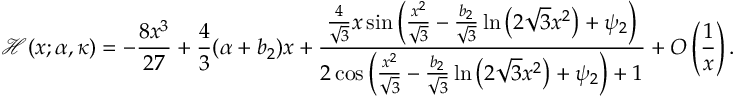
\mathcal { H } ( x ; \alpha , \kappa ) = - \frac { 8 x ^ { 3 } } { 2 7 } + \frac { 4 } { 3 } ( \alpha + b _ { 2 } ) x + \frac { \frac { 4 } { \sqrt { 3 } } x \sin \left( \frac { x ^ { 2 } } { \sqrt { 3 } } - \frac { b _ { 2 } } { \sqrt { 3 } } \ln \left( 2 \sqrt { 3 } x ^ { 2 } \right) + \psi _ { 2 } \right) } { 2 \cos \left( \frac { x ^ { 2 } } { \sqrt { 3 } } - \frac { b _ { 2 } } { \sqrt { 3 } } \ln \left( 2 \sqrt { 3 } x ^ { 2 } \right) + \psi _ { 2 } \right) + 1 } + O \left( \frac { 1 } { x } \right) .